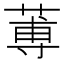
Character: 蒪